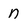
Character: n